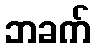
ဘခက်